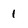
Character: 1